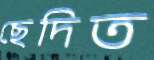
ছেদিত